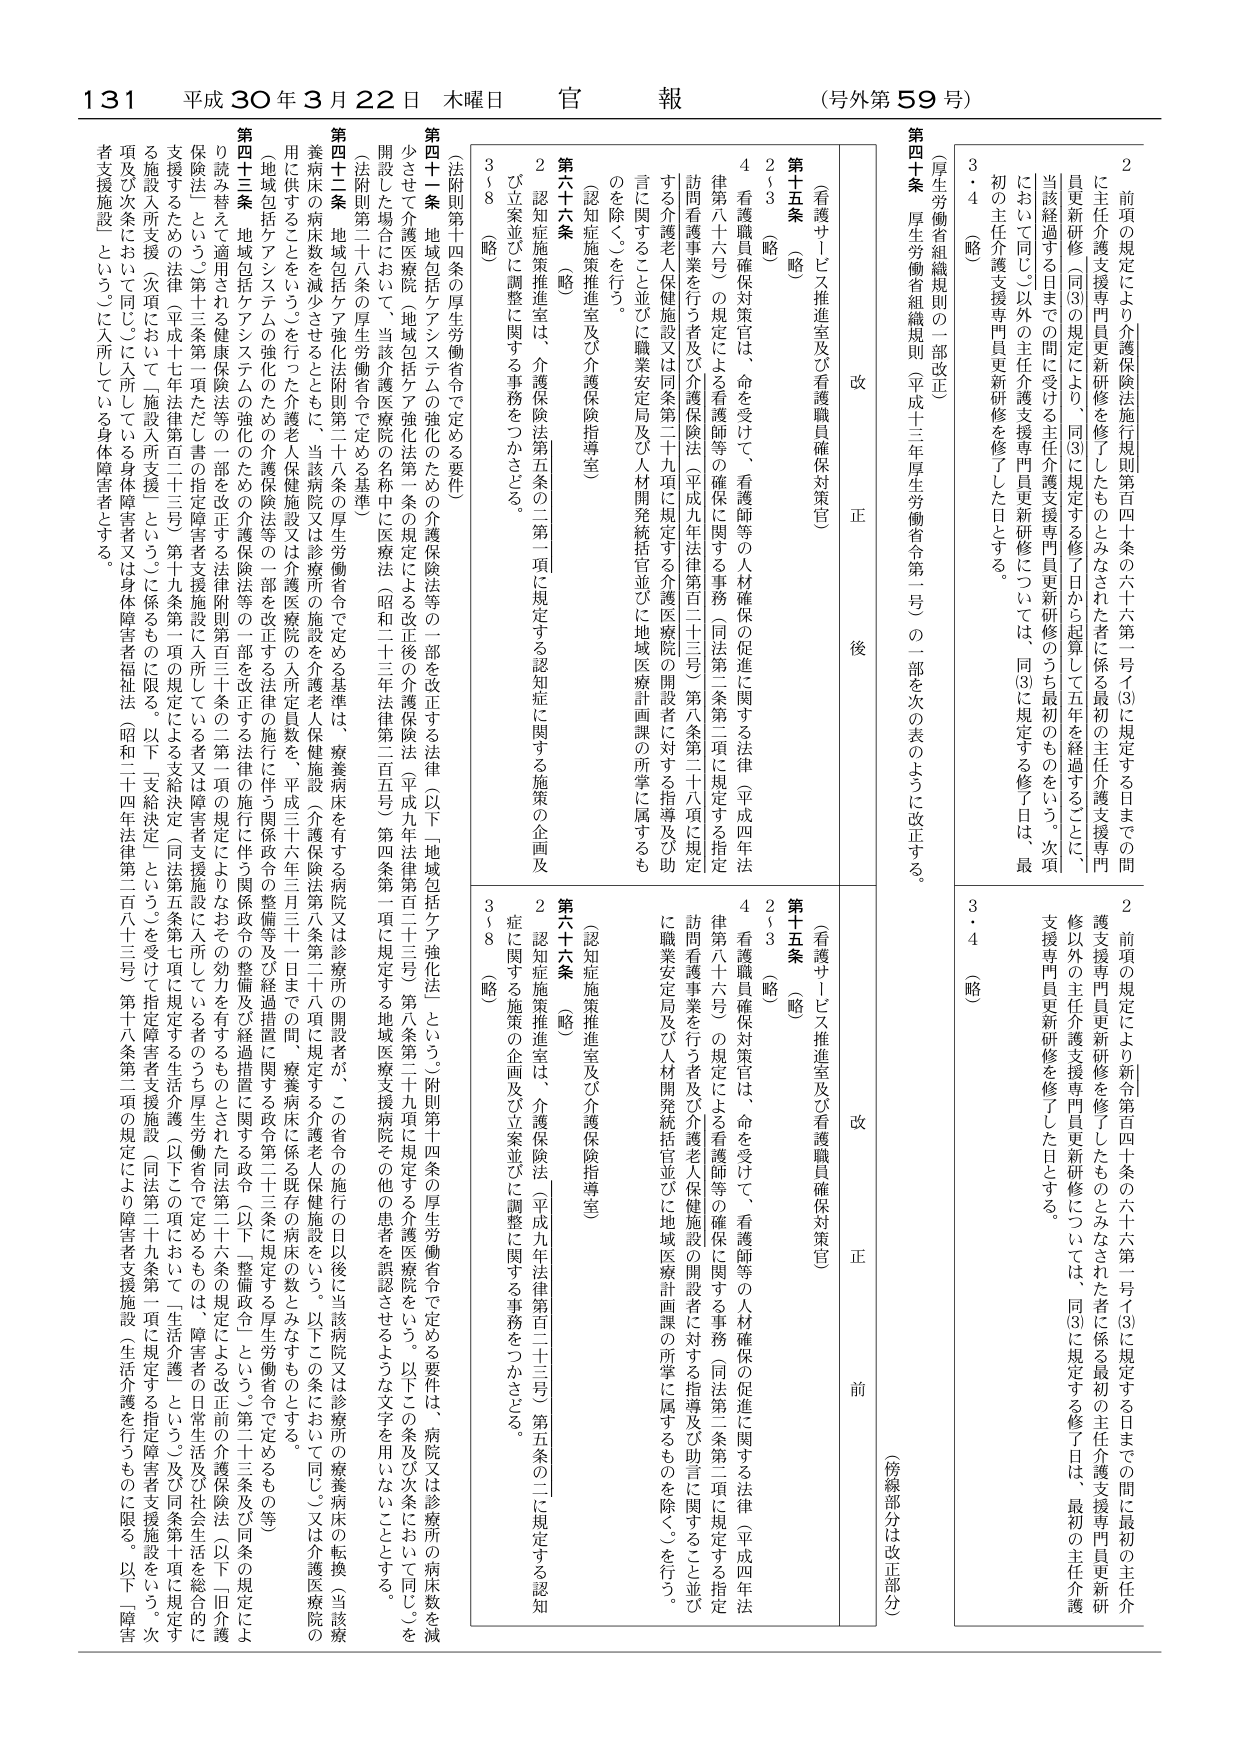
131 平成30年3月22日 木曜日 官報 (号外第59号)

第四十条 （厚生労働省組織規則の一部改正）
厚生労働省組織規則（平成十三年厚生労働省令第二号）の一部を次の表のように改正する。

（看護サービス推進室及び看護職員確保対策官）
第十五条 （略）
2～3 （略）
4 看護職員確保対策官は、命を受けて、看護師等の人材確保の促進に関する法律（平成四年法律第八十六号）の規定による看護師等の確保に関する事務（同法第二条第二項に規定する指定訪問看護事業を行う者及び介護保険法（平成九年法律第百二十三号）第八条第二十九項に規定する介護医療院の開設者に対する指導及び助言に関すること並びに職業安定局及び人材開発統括官並びに地域医療計画課の所掌に属するものを除く。）を行う。

第六十六条 （略）
2 認知症施策推進室は、介護保険法第五条の二第一項に規定する認知症に関する施策の企画及び立案並びに調整に関する事務をつかさどる。
3～8 （略）

（法附則第十四条の厚生労働省令で定める要件）
第四十一条 地域包括ケアシステムの強化のための介護保険法等の一部を改正する法律（以下「地域包括ケア強化法」という。附則第十四条の厚生労働省令で定める要件は、病院又は診療所の病床数を減少させた介護医療院、地域包括ケア強化法第一条の規定による改正後の介護保険法（平成九年法律第百二十三号）第八条第二十九項に規定する介護医療院をいう。以下この条及び次条において同じ。）を開設した場合において、当該介護医療院の名称中に医療法（昭和二十年法律第二百五号）第四条第一項に規定する地域医療支援病院その他の患者を誤認させるような文字を用いないこととする。

（法附則第二十八条の厚生労働省令で定める基準）
第四十二条 地域包括ケア強化法附則第二十八条の厚生労働省令で定める基準は、療養病床を有する病院又は診療所の開設者が、この省令の施行の日以後に当該病院又は診療所の療養病床の転換（当該療養病床の病床数を減少させたときに、当該病院又は診療所の施設を介護老人保健施設（介護保険法第八条第二十八項に規定する介護老人保健施設をいう。以下この条において同じ。）又は介護医療院の用に供することをいう。）を行ったものに、当該病院又は診療所の施設の入所定員数を、平成二十六年三月三十一日までの間、療養病床に係る既存の病床の数とみなすものとする。

（地域包括ケアシステムの強化のための介護保険法等の一部を改正する法律の施行に伴う関係政令の整備等及び経過措置に関する政令第二十三条に規定する厚生労働省令で定めるもの等）
第四十三条 地域包括ケアシステムの強化のための介護保険法等の一部を改正する法律の施行に伴う関係政令の整備等及び経過措置に関する政令第二十三条に規定する厚生労働省令で定めるもの等の読み替えを適用する健康保険法等の一部を改正する法律附則第五百三十条の二第一項の規定によりなおその効力を有するものとされる同法第二十六条の規定による改正前の介護保険法（以下「旧介護保険法」という。）第十三条第一項ただし書の指定障害者支援施設に入所している者又は障害者支援施設に入所している者のうち厚生労働省令で定めるものは、障害者の日常生活及び社会生活を総合的に支援するための法律（平成十七年法律第百二十三号）第十九条第一項の規定による支給決定（同法第五条第七項に規定する生活介護（以下この項において「生活介護」という。）及び同条第十項に規定する施設入所支援（次項において「施設入所支援」という。）に係るものに限る。以下「支給決定」という。）を受けて指定障害者支援施設（同法第二十九条第一項に規定する指定障害者支援施設をいう。次項及び次条において同じ。）に入所している身体障害者又は身体障害者福祉法（昭和二十四年法律第二百八十三号）第十八条第二項の規定により障害者支援施設（生活介護を行うものに限る。以下「障害者支援施設」という。）に入所している身体障害者とする。

（傍線部分は改正部分）
（看護サービス推進室及び看護職員確保対策官）
第十五条 （略）
2～3 （略）
4 看護職員確保対策官は、命を受けて、看護師等の人材確保の促進に関する法律（平成四年法律第八十六号）の規定による看護師等の確保に関する事務（同法第二条第二項に規定する指定訪問看護事業を行う者及び介護老人保健施設の開設者に対する指導及び助言に関すること並びに職業安定局及び人材開発統括官並びに地域医療計画課の所掌に属するものを除く。）を行う。

第六十六条 （略）
2 認知症施策推進室は、介護保険法（平成九年法律第百二十三号）第五条の二に規定する認知症に関する施策の企画及び立案並びに調整に関する事務をつかさどる。
3～8 （略）

2 前項の規定により介護保険法施行規則第百四十条の六十六第一号(3)に規定する日までの間に主任介護支援専門員更新研修を修了したものとみなされた者に係る最初の主任介護支援専門員更新研修（同(3)の規定により、同(3)に規定する修了日から起算して五年を経過することに当該経過する日までの間に受けた主任介護支援専門員更新研修のうち最初のものをいう。次項において同じ。）以外の主任介護支援専門員更新研修を修了した日とする。
初の主任介護支援専門員更新研修を修了した日とする。
3・4 （略）

2 前項の規定により新令第百四十条の六十六第一号(3)に規定する日までの間に最初の主任介護支援専門員更新研修を修了したものとみなされた者に係る最初の主任介護支援専門員更新研修以外の主任介護支援専門員更新研修については、同(3)に規定する修了日は、最初の主任介護支援専門員更新研修を修了した日とする。
3・4 （略）